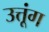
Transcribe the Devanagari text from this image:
उत्तूंग